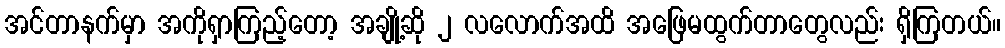
အင်တာနက်မှာ အကိုရှာကြည့်တော့ အချို့ဆို ၂ လလောက်အထိ အဖြေမထွက်တာတွေလည်း ရှိကြတယ်။